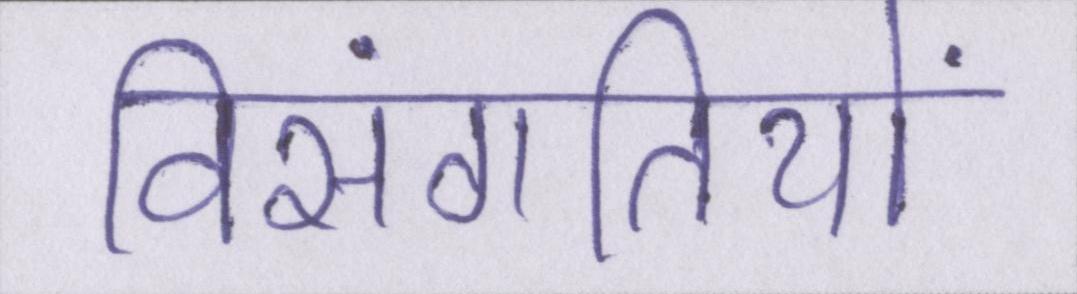
विसंगतियों